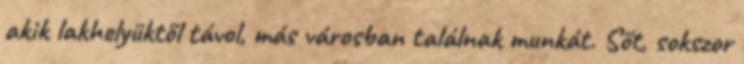
akik lakhelyüktől távol, más városban találnak munkát. Sőt, sokszor